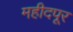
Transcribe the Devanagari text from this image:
महीदपूर